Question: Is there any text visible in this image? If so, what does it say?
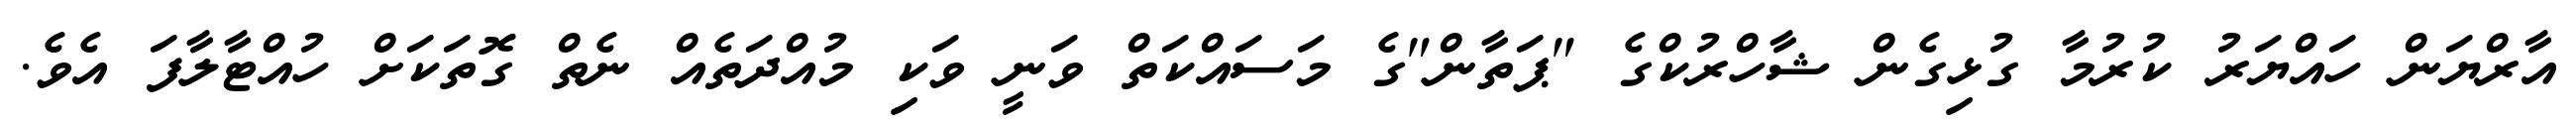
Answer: އާރްޔަން ހައްޔަރު ކުރުމާ ގުޅިގެން ޝާހްރުކްގެ "ޕަތާން"ގެ މަސައްކަތް ވަނީ ވަކި މުއްދަތެއް ނެތް ގޮތަކަށް ހުއްޓާލާފަ އެވެ.